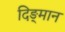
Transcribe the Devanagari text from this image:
दिङ्‌मान